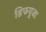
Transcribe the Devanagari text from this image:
डिफयूजा